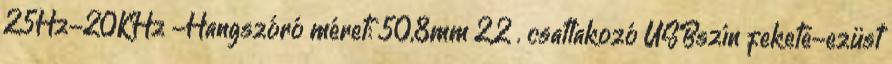
25Hz-20KHz -Hangszóró méret: 50,8mm 2,2 . csatlakozó USBszín fekete-ezüst